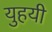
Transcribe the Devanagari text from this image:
युहयी